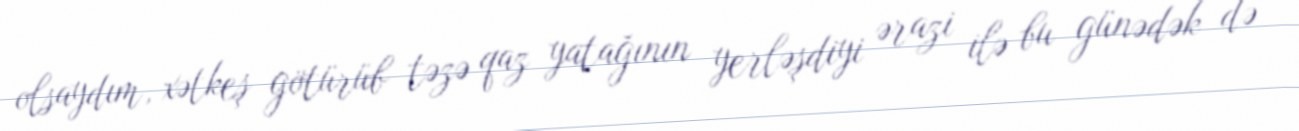
olsaydım, xətkeş götürüb təzə qaz yatağının yerləşdiyi ərazi ilə bu günədək də